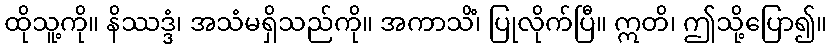
ထိုသူ့ကို။ နိဿဒ္ဒံ၊ အသံမရှိသည်ကို။ အကာသိံ၊ ပြုလိုက်ပြီ။ ဣတိ၊ ဤသို့ပြော၍။